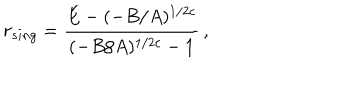
r _ { s i n g } = \frac { E - ( - B / A ) ^ { 1 / 2 c } } { ( - B / A ) ^ { 1 / 2 c } - 1 } \, ,